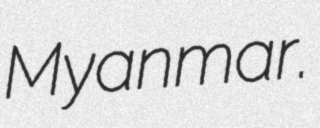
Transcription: Myanmar.